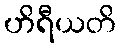
ဟိရီယတိ